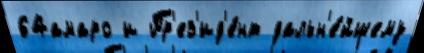
64амаро и Пр'ез'ид'е́нт дальн'е́йшему